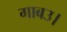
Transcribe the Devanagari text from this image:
गाबउ।